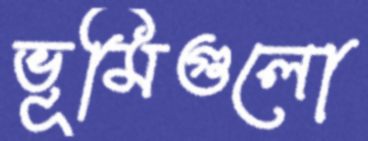
ভূমিগুলো